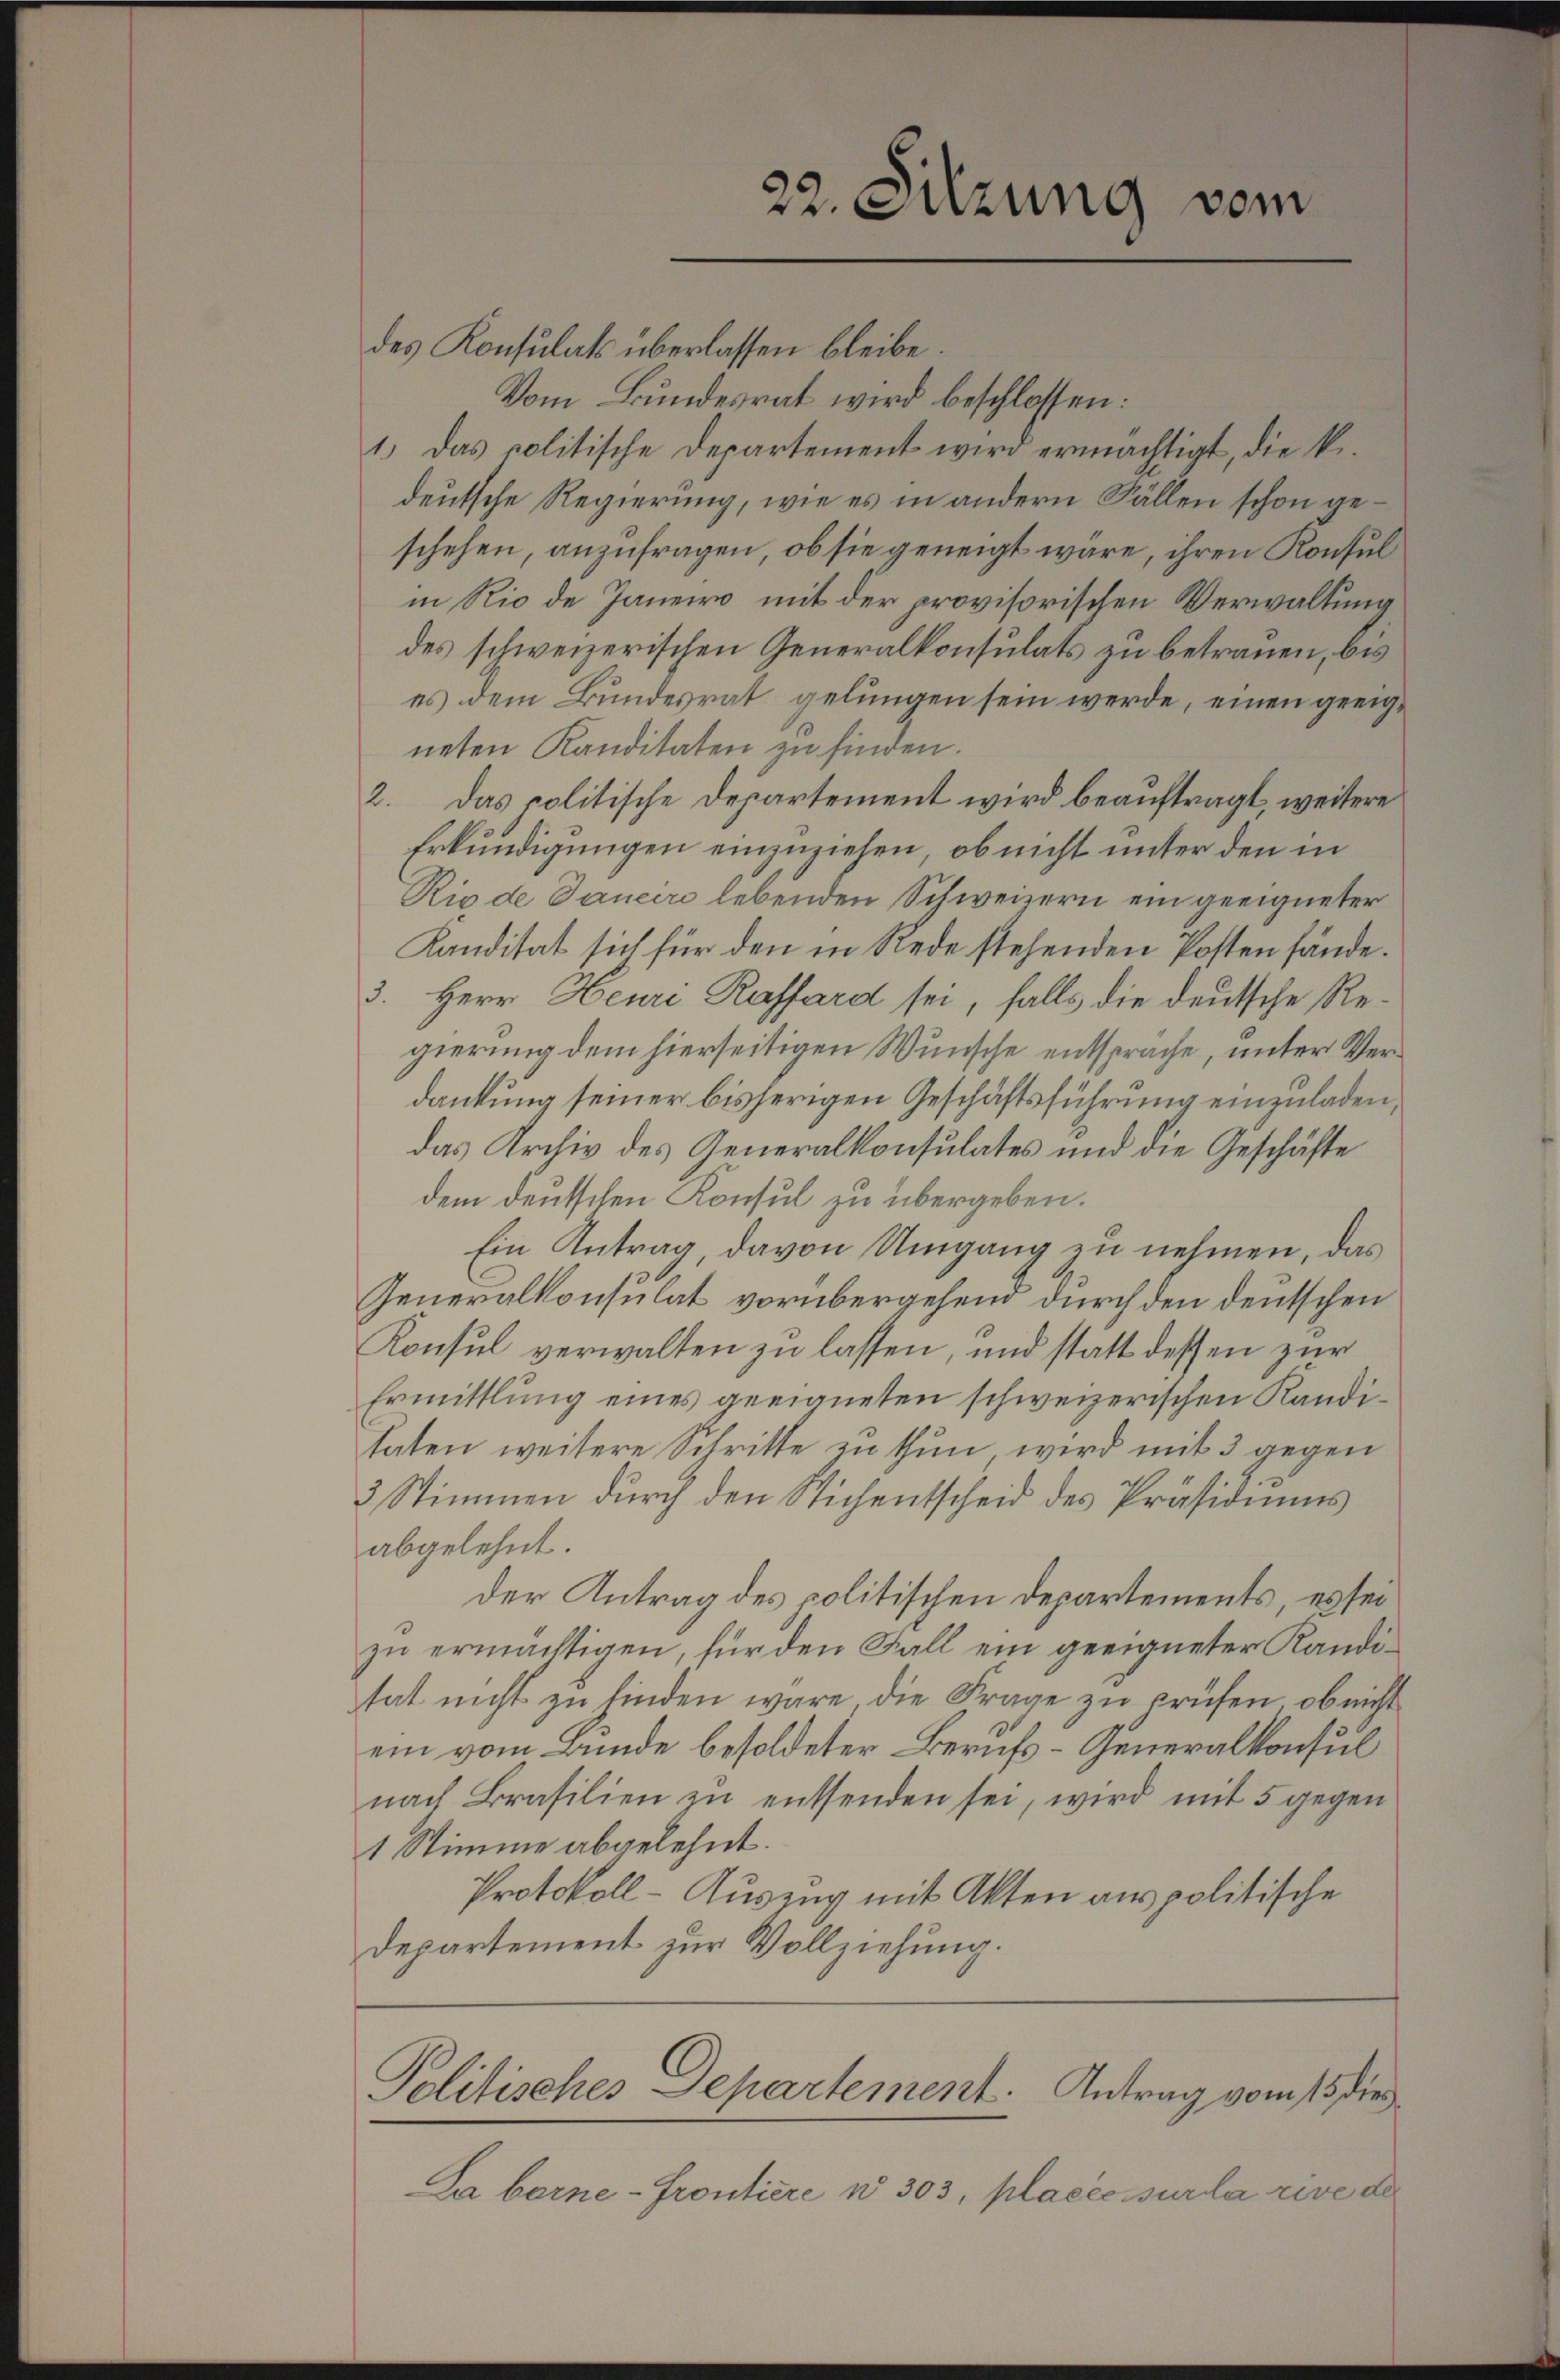
22. Sitzung vom

des Konsulats überlassen bleibe.
Vom Bundesrat wird beschlossen:
1.) Das colitische Departement wird ermächtigt, die k.
deutsche Regierung, wie es in andern Fällen schon geschehen, anzufragen, ob sie geneigt wäre, ihren Konsul
in Rio de Janeiro mit der provisorischen Verwaltung
des schweizerischen Generalkonsulats zu betrauen, bis
es dem Bundesrat gelungen sein werde, einen geeigneten Kanditaten zu finden.
2. Das politische Departement wird beauftragt, weitere
Erkundigungen einzuziehen, ob nicht unter den in
Rigde Janeiro lebenden Schweizern ein geeigneter
Kanditat sich für den in Rede stehenden Posten fände.
3. Herr Heuri Raffard sei, falls die deutsche Regierung dem hierseitigen Wunsche entsprache, unter Verdankung seiner bisherigen Geschäftsführung einzuladen,
das Archiv des Generalkonsulates und die Geschäfte
dem deutschen Konsul zu übergeben.
Ein Antrag davon Umgang zu nehmen, das
Generalkonsulat vorübergehend durch den deutschen
Konsul verwalten zu lassen, und statt dessen zur
Ermittlung eines geeigneten schweizerischen Kandihaten weitere Schritte zu thun wird mit 3 gegen
3 Stimmen durch den Stichentscheid des Präsidiums
abgelehnt.
der Antrag des politischen Departements, es sei
zu ermächtigen, für den Fall ein geeigneter Kanditat nicht zu finden wäre die Frage zu prüfen, ob nicht
ein vom Bunde besoldeter Berufs- Generalkonsul
nach Brasilien zu entsenden sei, wird mit 5 gegen
1 Stimme abgelehnt.
Protokoll-Auszug mit Akten aus politische
Departement zur Vollziehung.

Politisches Departement. Antrag vom 15ten

La borne-Frontiere u. 303, placée sur la rive der